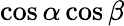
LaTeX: \cos\alpha\cos\beta